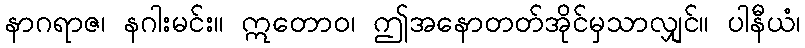
နာဂရာဇ၊ နဂါးမင်း။ ဣတောဝ၊ ဤအနောတတ်အိုင်မှသာလျှင်။ ပါနီယံ၊